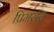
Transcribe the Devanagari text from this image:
प्रिमसस